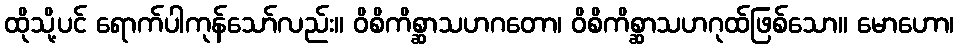
ထိုသို့ပင် ရောက်ပါကုန်သော်လည်း။ ဝိစိကိစ္ဆာသဟဂတော၊ ဝိစိကိစ္ဆာသဟဂုထ်ဖြစ်သော။ မောဟော၊